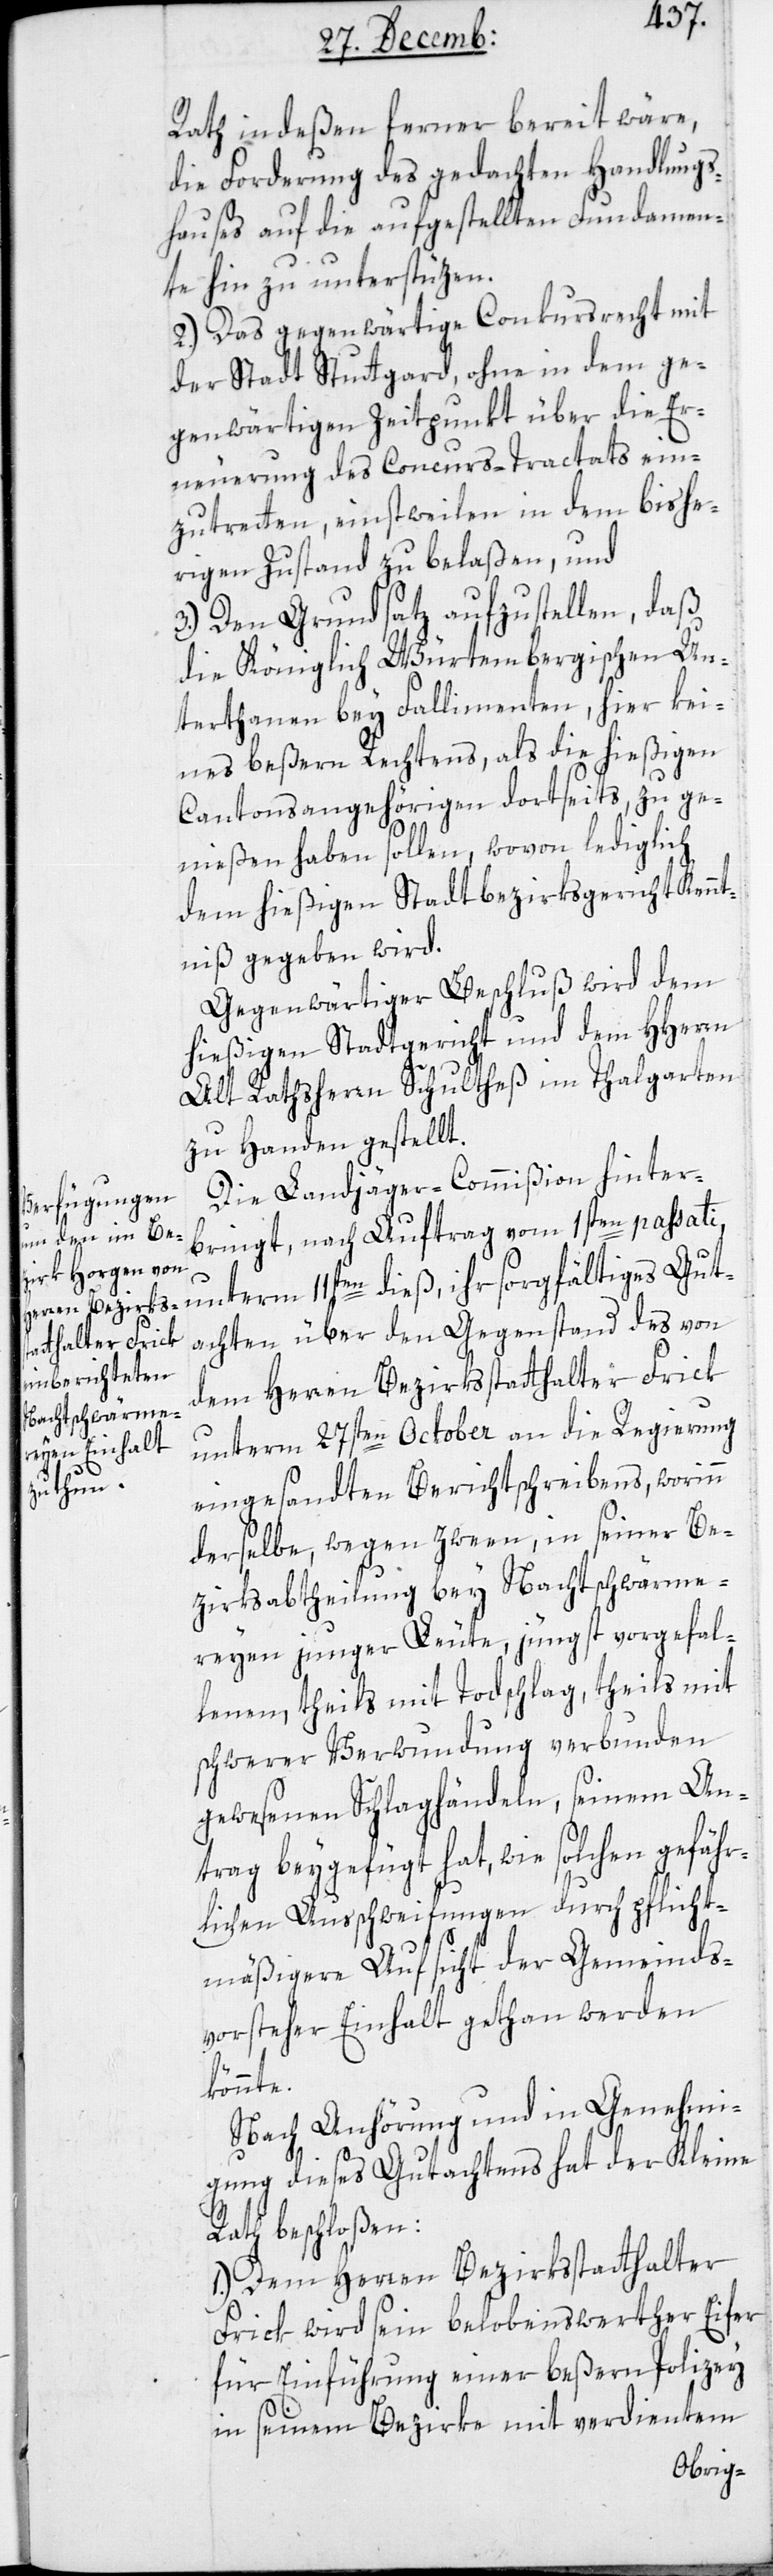
Rath indeßen ferner bereit wäre,
die Forderung des gedachten Handlungs¬
hauses auf die aufgestellten Fundamen¬
te hin zu unterstützen.
2.) Das gegenwärtige Conkursrecht mit
der Stadt Stuttgart, ohne in dem ge¬
genwärtigen Zeitpunkt über die Er¬
neuerung des Concurs-Tractats ein¬
zutreten, einstweilen in dem bishe¬
rigen Zustand belaßen und
3.) Den Grundsatz aufzustellen, daß
die Königlich Würtembergischen Un¬
terthanen bey Fallimenten, hier kei¬
nes beßern Rechtens, als die hießigen
Cantonsangehörigen dortseits, zu ge¬
nießen haben sollen, wovon lediglich
dem hießigen Stadtbezirksgericht Kennt¬
niß gegeben wird.
Gegenwärtiger Beschluß wird dem
hießigen Stadtgericht und dem HHerrn
alt Rathsherrn Schultheß im Thalgarten
zu Handen gestellt.
Die Landjäger-Commißion hinter¬
bringt, nach Auftrag vom 1sten passati
achten über den Gegenstand des von
dem Herren Bezirksstatthalter Frick
unterm 27sten October an die Regierung
eingesandten Berichtschreibens, worinn
derselbe, wegen zween, in seiner Be¬
zirksabtheilung bey Nachtschwärme¬
reyen junger Leute, jüngst vorgefal¬
lenen, theils mit Todschlag, theils mit
schwerer Verwundung verbunden
gewesenen Schlaghändeln, seinem An¬
trag beygefügt hat, wie solchen gefähr¬
lichen Ausschweifungen durch pflicht¬
mäßigere Aufsicht der Gemeinds¬
vorsteher Einhalt gethan werden
könnte.
Nach Anhörung und in Genehmi¬
gung dieses Gutachtens hat der Kleine
Rath beschloßen:
1.) Dem Herren Bezirksstatthalter
Frick wird sein belobenswerther Eifer
für Einführung einer beßern Polizey
in seinem Bezirke mit verdientem